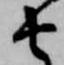
由